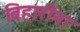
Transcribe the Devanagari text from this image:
बिहारींना